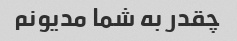
چقدر به شما مدیونم